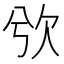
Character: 𣢍